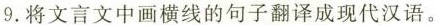
9.将文言文中画横线的句子翻译成现代汉语。